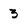
Character: 3